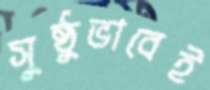
সুষ্ঠুভাবেই